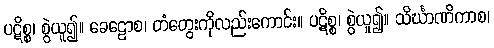
ပဋိစ္စ၊ စွဲယူ၍။ ခေဠောစ၊ တံတွေးကိုလည်းကောင်း။ ပဋိစ္စ၊ စွဲယူ၍။ သိင်္ဃာဏိကာစ၊